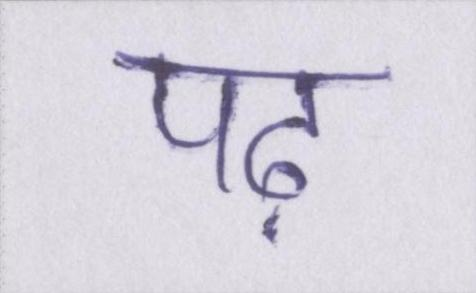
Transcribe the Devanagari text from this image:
पढ़